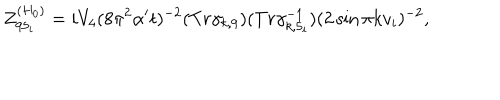
Z _ { 9 5 _ { i } } ^ { ( H _ { 0 } ) } = i V _ { 4 } ( 8 \pi ^ { 2 } \alpha ^ { \prime } t ) ^ { - 2 } ( T r \gamma _ { k , 9 } ) ( T r \gamma _ { k , 5 _ { i } } ^ { - 1 } ) ( 2 \sin \pi k v _ { i } ) ^ { - 2 } ,